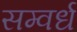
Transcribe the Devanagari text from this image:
सम्वर्ध